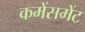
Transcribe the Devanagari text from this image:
कमेंसमेंट